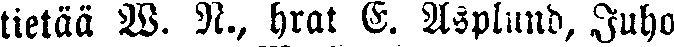
tietää W. N., hrat E. Asplund, Juho